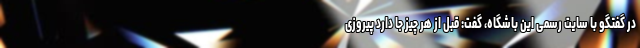
در گفتگو با سایت رسمی این باشگاه، گفت: قبل از هر چیز جا دارد پیروزی